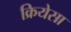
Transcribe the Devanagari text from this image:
क्रियेसा